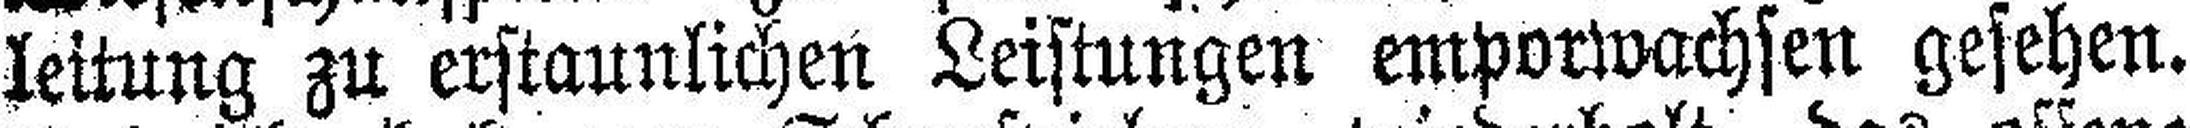
leitung zu erstaunlichen Leistungen emporwachsen gesehen.